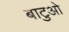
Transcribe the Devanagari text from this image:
बाटुओ